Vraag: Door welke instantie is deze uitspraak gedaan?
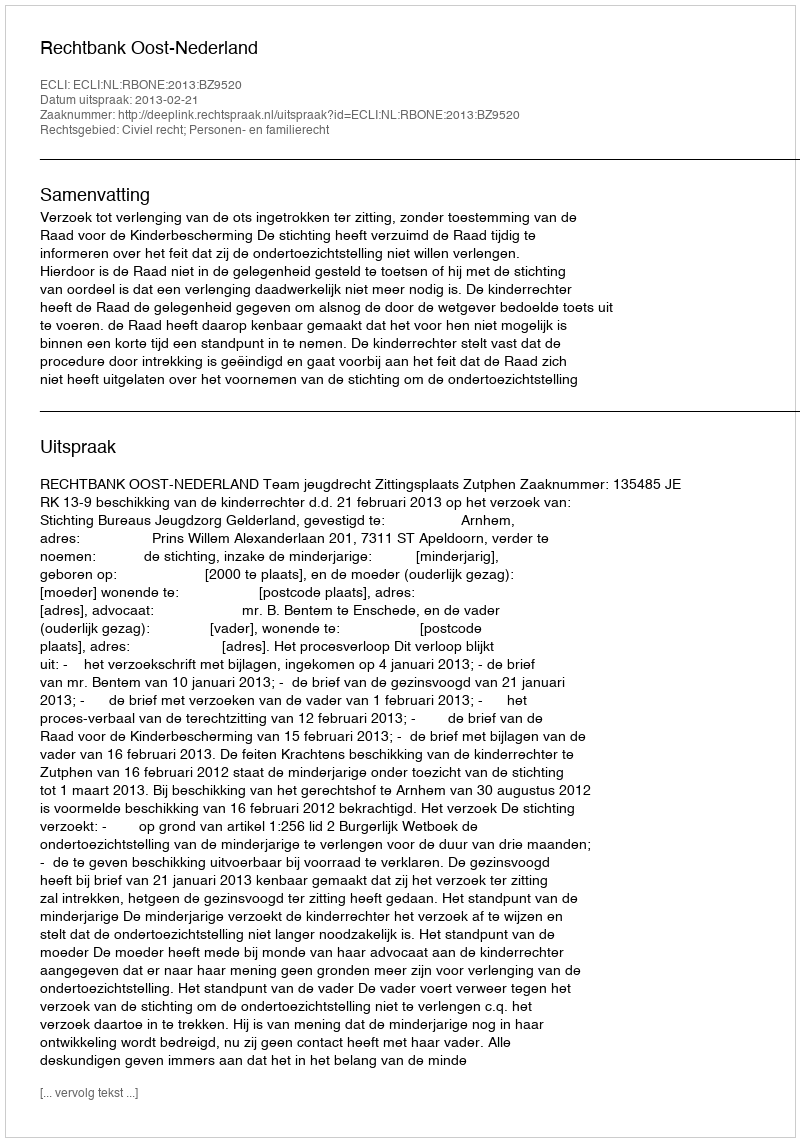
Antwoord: Rechtbank Oost-Nederland